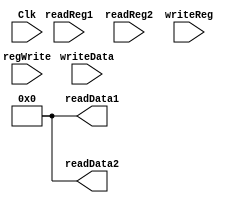
module Registers(
    input Clk,
    input [25:21] readReg1,
    input [20:16] readReg2,
    input [4:0] writeReg,
    input [31:0] writeData,
    input regWrite,
    output [31:0] readData1,
    output [31:0] readData2
    );
    reg [31:0] ReadData1=0;
    reg [31:0] ReadData2=0;
    reg [31:0] regFile[31:0];
    

    always @(readReg1 or readReg2 or writeReg)
    begin       
          readData1 = regFile[readReg1]; 
          readData2 = regFile[readReg2];
    end
    always @ (negedge Clk)
    begin
        if(regWrite==1 && writeReg!=0)
        begin
            regFile[writeReg] = writeData;
        end
    end
    assign readData1=ReadData1;
    assign readData2=ReadData2;
endmodule